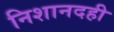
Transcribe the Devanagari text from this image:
निशानदही